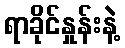
ရာခိုင်နှုန်းနဲ့